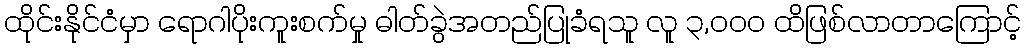
ထိုင်းနိုင်ငံမှာ ရောဂါပိုးကူးစက်မှု ဓါတ်ခွဲအတည်ပြုခံရသူ လူ ၃,၀၀၀ ထိဖြစ်လာတာကြောင့်